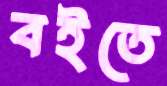
বইতে